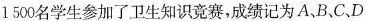
1 500名学生参加了卫生知识竞赛，成绩记为A、B、C、D